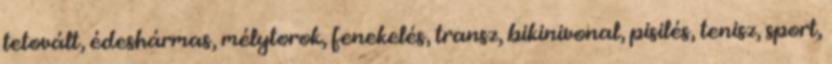
tetovált, édeshármas, mélytorok, fenekelés, transz, bikinivonal, pisilés, tenisz, sport,